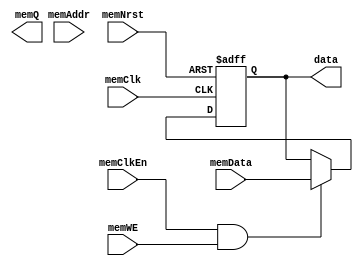
module DebugDevice (
    // memory interface
    input wire memNrst,
    input wire memClk,
    input wire memClkEn,
    input wire memWE,
    input wire [31:0] memData,
    input wire [17:0] memAddr,
    output wire [31:0] memQ,
    // device output
    output reg [31:0] data
);
    initial begin
        data = 32'b0;
    end
    always @(posedge memClk or negedge memNrst) begin
        if(~memNrst) begin
            data = 32'b0;
        end
        else if(memClkEn & memWE) begin
            data = memData;
        end
    end
endmodule